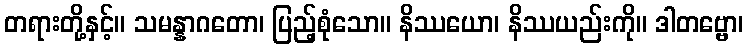
တရားတို့နှင့်။ သမန္နာဂတော၊ ပြည့်စုံသော။ နိဿယော၊ နိဿယည်းကို။ ဒါတဗ္ဗော၊